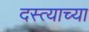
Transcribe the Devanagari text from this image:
दस्त्याच्या